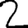
Digit: 2